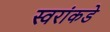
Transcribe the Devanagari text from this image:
स्वरांकडे